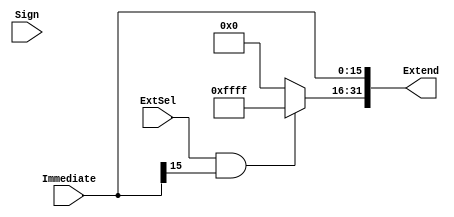
`timescale 1ns / 1ps
//////////////////////////////////////////////////////////////////////////////////
// Company: Sun Yat-Sen University
// 
// Module Name: SignZeroExtend
// Project Name: SingleCPU
// Target Devices: Basys3
// Tool Versions: Vivado 2015.3
// Description: , 
// 
// Dependencies: 
// 
// Revision:
// Revision 0.01 - File Created
// Additional Comments:
// 
//////////////////////////////////////////////////////////////////////////////////

module SignZeroExtend(
    input ExtSel,               //  0  0
    input Sign,                 // 
    input [15:0] Immediate,     // 16
    output [31:0] Extend        // 
    );
    
    // 
    assign Extend[15:0] = Immediate[15:0];
    assign Extend[31:16] = (ExtSel && Immediate[15]) ? 16'hFFFF : 16'h0000;
endmodule